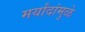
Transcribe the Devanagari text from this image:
मर्यांदांमुळे